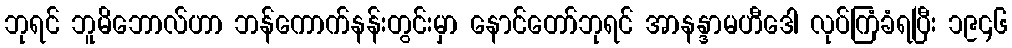
ဘုရင် ဘူမိဘောလ်ဟာ ဘန်ကောက်နန်းတွင်းမှာ နောင်တော်ဘုရင် အာနန္ဒာမဟီဒေါ လုပ်ကြံခံရပြီး ၁၉၄၆